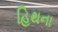
હિથના